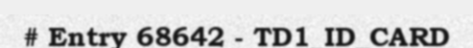
# Entry 68642 - TD1_ID_CARD